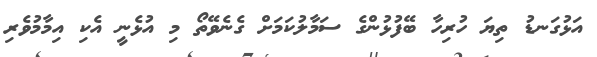
އަޅުގަނޑު ތިޔަ ހުރިހާ ބޭފުޅުންގެ ސަމާލުކަމަށް ގެނެވޭތޯ މި އުޅެނީ އެކި އިމާމުވެރި